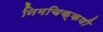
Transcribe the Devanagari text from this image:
निमचिक्कणी